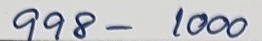
998 - 1000